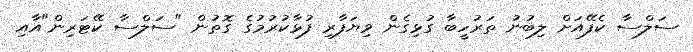
ސަލްސާ ކެފޭއަށް ލިބުނު ތަރުހީބާ ގުޅިގެން ވިޔަފާރި ފުޅާކުުރުމުގެ ގޮތުން "ސަލްސާ ކޭޓަރިން"އާއި